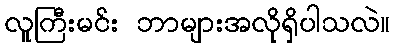
လူကြီးမင်း ဘာများအလိုရှိပါသလဲ။